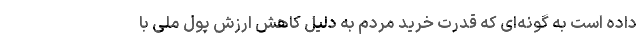
داده است به گونه‌ای که قدرت خرید مردم به دلیل کاهش ارزش پول ملی با